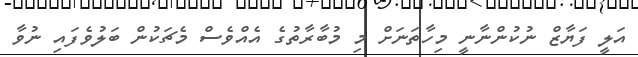
އަލީ ފަޔާޒް ނުކުންނާނީ މިހާތަނަށް މި މުބާރާތުގެ އެއްވެސް މެޗަކުން ބަލުވެފައި ނުވާ